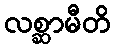
လစ္ဆာမီတိ